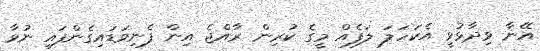
އޭނާ ވިދާޅުވީ އެކަހަލަ ލަފެއް މީގެ ކުރިން ރާއްޖެ އިން ފެނިވަޑައިގެންފައި ނުވާ